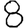
Digit: 8